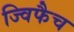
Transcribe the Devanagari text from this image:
ज्विफैच